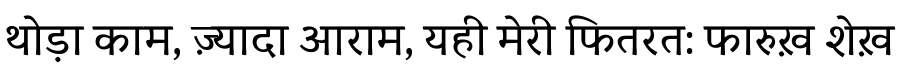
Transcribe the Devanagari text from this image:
थोड़ा काम, ज़्यादा आराम, यही मेरी फितरत: फारुख़ शेख़